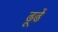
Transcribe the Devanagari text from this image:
ढूढें